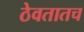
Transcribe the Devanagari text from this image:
ठेवतातच